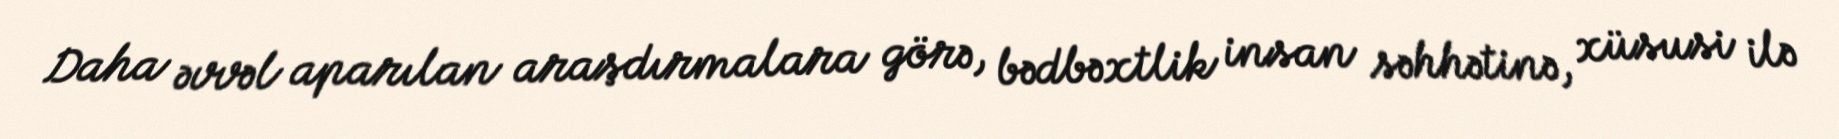
Daha əvvəl aparılan araşdırmalara görə, bədbəxtlik insan səhhətinə, xüsusi ilə